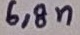
Text: 6,8n